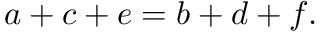
a + c + e = b + d + f .